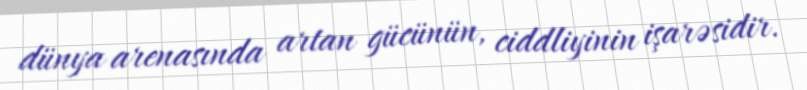
dünya arenasında artan gücünün, ciddliyinin işarəsidir.